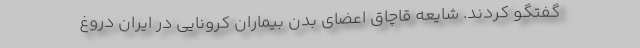
گفتگو کردند. شایعه قاچاق اعضای بدن بیماران کرونایی در ایران دروغ‌